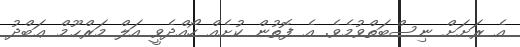
އެ ރަށަށް ނިސްބަތްވުމެވެ. އެ ފޮތުން ކުށެއް ހޯއްދެވީ އަލް މަރްޙޫމް ޢަބްދު